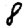
Digit: 8